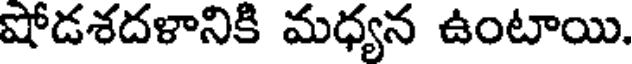
షోడశదళానికి మధ్యన ఉంటాయి.